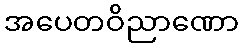
အပေတဝိညာဏော